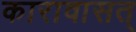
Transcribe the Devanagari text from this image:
कारावासत्